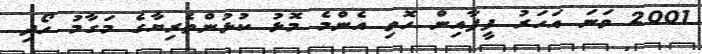
2001 ވަނަ އަހަރު ފީފާއިން ހޮވި އެންމެ މޮޅު ކުޅުންތެރިޔާގެ މަގާމު ހޯދި